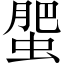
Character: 蜰